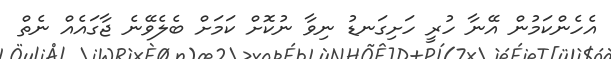
އެހެންކަމުން އޭނާ ހުރީ ހަށިގަނޑު ނިވާ ނުކޮށް ކަމަށް ބެލެވޭނެ ޖާގައެއް ނެތް